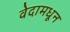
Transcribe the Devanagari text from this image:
वेदामधून